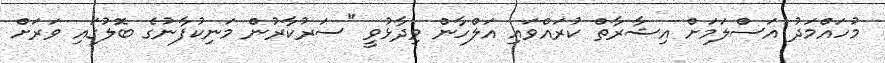
މުހައްމަދު އަސްލަމަށް އިޝާރާތް ކުރައްވައި އަލްހާން ވިދާޅުވީ "ސަރުކާރުން މަނިކުފާނުގެ ބޮލުގައި ވަރަށް